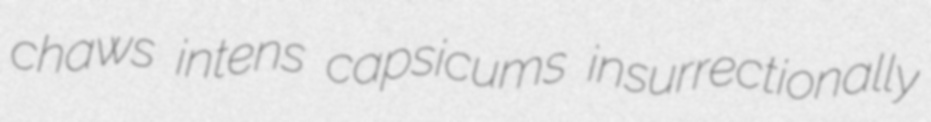
chaws intens capsicums insurrectionally